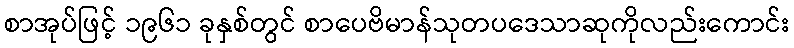
စာအုပ်ဖြင့် ၁၉၆၁ ခုနှစ်တွင် စာပေဗိမာန်သုတပဒေသာဆုကိုလည်းကောင်း